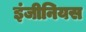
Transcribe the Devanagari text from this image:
इंजीनियस